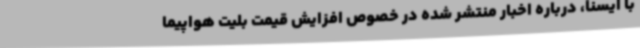
با ایسنا، درباره اخبار منتشر شده در خصوص افزایش قیمت بلیت هواپیما